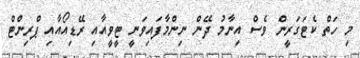
މި ހަތް ކެޓަގަރީން ވެސް އިނާމު ދޭން ނިންމާފައިވަނީ ޓީވީއާއި ރޭޑިއޯއާއި ޕްރިންޓް